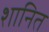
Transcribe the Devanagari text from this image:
शानित